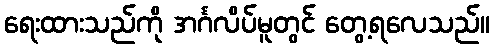
ရေးထားသည်ကို အင်္ဂလိပ်မူတွင် တွေ့ရလေသည်။